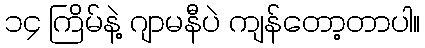
၁၄ ကြိမ်နဲ့ ဂျာမနီပဲ ကျန်တော့တာပါ။